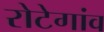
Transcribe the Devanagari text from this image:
रोटेगांव